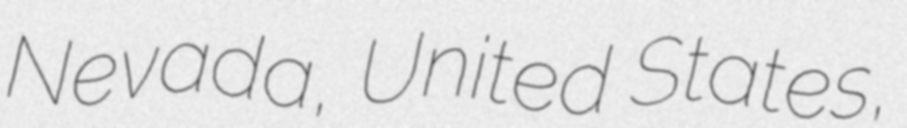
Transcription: Nevada, United States,